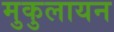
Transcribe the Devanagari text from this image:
मुकुलायन